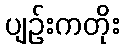
ပျဉ်းကတိုး